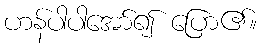
ဟန်ပါပါအော်၍ ပြော၏။